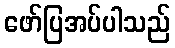
ဖော်ပြအပ်ပါသည်